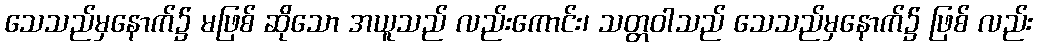
သေသည်မှနောက်၌ မဖြစ် ဆိုသော အယူသည် လည်းကောင်း၊ သတ္တဝါသည် သေသည်မှနောက်၌ ဖြစ် လည်း